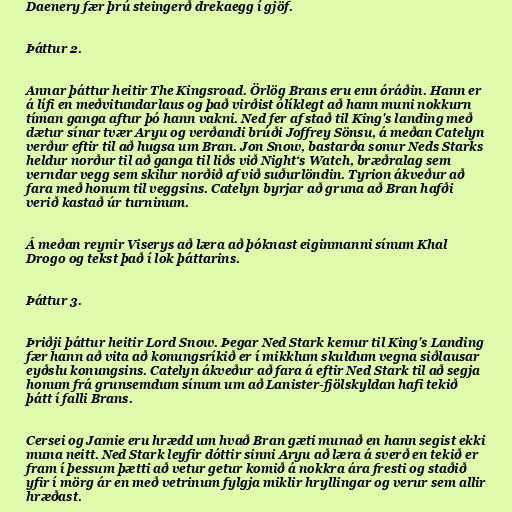
Daenery fær þrú steingerð drekaegg í gjöf.

Þáttur 2.

Annar þáttur heitir The Kingsroad. Örlög Brans eru enn óráðin. Hann er
á lífi en meðvitundarlaus og það virðist ólíklegt að hann muni nokkurn
tíman ganga aftur þó hann vakni. Ned fer af stað til King's landing með
dætur sínar tvær Aryu og verðandi brúði Joffrey Sönsu, á meðan Catelyn
verður eftir til að hugsa um Bran. Jon Snow, bastarða sonur Neds Starks
heldur norður til að ganga til liðs við Night‘s Watch, bræðralag sem
verndar vegg sem skilur norðið af við suðurlöndin. Tyrion ákveður að
fara með honum til veggsins. Catelyn byrjar að gruna að Bran hafði
verið kastað úr turninum.

Á meðan reynir Viserys að læra að þóknast eiginmanni sínum Khal
Drogo og tekst það í lok þáttarins.

Þáttur 3.

Þriðji þáttur heitir Lord Snow. Þegar Ned Stark kemur til King's Landing
fær hann að vita að konungsríkið er í mikklum skuldum vegna siðlausar
eyðslu konungsins. Catelyn ákveður að fara á eftir Ned Stark til að segja
honum frá grunsemdum sínum um að Lanister-fjölskyldan hafi tekið
þátt í falli Brans.

Cersei og Jamie eru hrædd um hvað Bran gæti munað en hann segist ekki
muna neitt. Ned Stark leyfir dóttir sinni Aryu að læra á sverð en tekið er
fram í þessum þætti að vetur getur komið á nokkra ára fresti og staðið
yfir í mörg ár en með vetrinum fylgja miklir hryllingar og verur sem allir
hræðast.